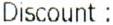
DISCOUNT :